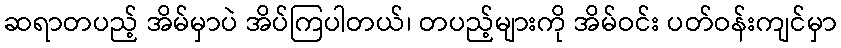
ဆရာတပည့် အိမ်မှာပဲ အိပ်ကြပါတယ်၊ တပည့်များကို အိမ်ဝင်း ပတ်ဝန်းကျင်မှာ